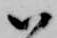
ハ